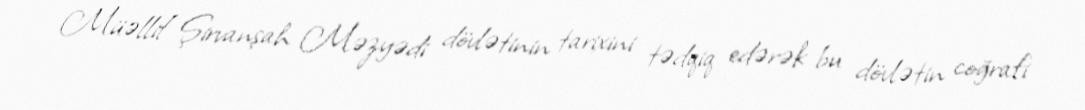
Müəllif Şirvanşah Məzyədi dövlətinin tarixini tədqiq edərək bu dövlətin coğrafi